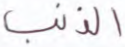
الذنب